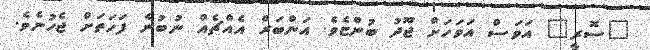
"ސޮރީ" އަވަސް އަވަހަށް ޖޫދު ބުންޏެވެ. އަންބަރް އެއްޗެއް ނުބުނެ ފަހަތަށް ޖެހުނެވެ.